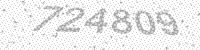
Solution: 724809